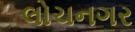
લોચનગર